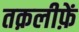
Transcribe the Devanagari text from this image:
तक़लीफ़ें